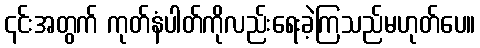
၎င်းအတွက် ကုတ်နံပါတ်ကိုလည်းရေးခဲ့ကြသည်မဟုတ်ပေ။